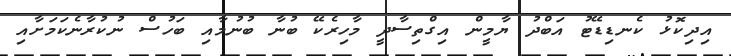
އިދިކޮޅު ކެނޑިޑޭޓު އަބްދު ޔާމީން އިގްތިސާދީ މާހިރެކޭ ބުނާ ބުނުމާއި ބަހުސް ނުކުރާނެކަމަށާއި